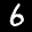
Label: 6